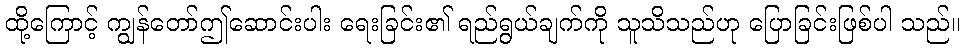
ထို့ကြောင့် ကျွန်တော်ဤဆောင်းပါး ရေးခြင်း၏ ရည်ရွယ်ချက်ကို သူသိသည်ဟု ပြောခြင်းဖြစ်ပါ သည်။